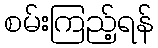
စမ်းကြည့်ရန်